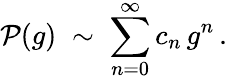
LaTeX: {\cal P}(g)\; \sim\; \sum_{n=0}^{\infty}c_{n}\, g^{n}\, .